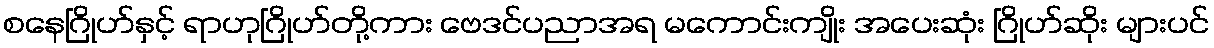
စနေဂြိုဟ်နှင့် ရာဟုဂြိုဟ်တို့ကား ဗေဒင်ပညာအရ မကောင်းကျိုး အပေးဆုံး ဂြိုဟ်ဆိုး များပင်